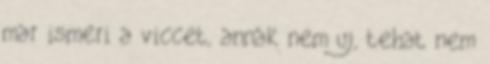
mar ismeri a viccet, annak nem uj, tehat nem